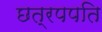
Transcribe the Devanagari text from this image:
छत्रपपति